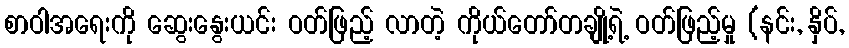
စာဝါအရေးကို ဆွေးနွေးယင်း ဝတ်ဖြည့် လာတဲ့ ကိုယ်တော်တချို့ရဲ့ ဝတ်ဖြည့်မှု (နင်း, နှိပ်,